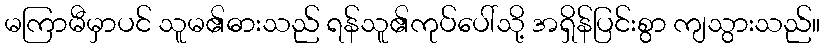
မကြာမီမှာပင် သူမ၏ဓားသည် ရန်သူ၏ကုပ်ပေါ်သို့ အရှိန်ပြင်းစွာ ကျသွားသည်။